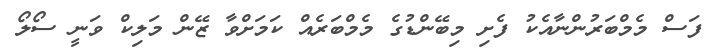
ފަސް މެމްބަރުންނާއެކު ފެށި މިބޭންޑުގެ މެމްބަރެއް ކަމަށްވާ ޒޭން މަލިކް ވަނީ ސޯލޯ